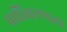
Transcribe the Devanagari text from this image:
प्राधिकरणाला